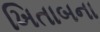
ખિતાબના